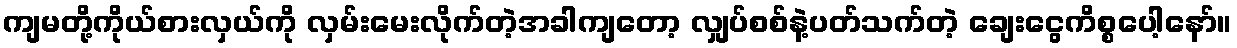
ကျမတို့ကိုယ်စားလှယ်ကို လှမ်းမေးလိုက်တဲ့အခါကျတော့ လျှပ်စစ်နဲ့ပတ်သက်တဲ့ ချေးငွေကိစ္စပေါ့နော်။